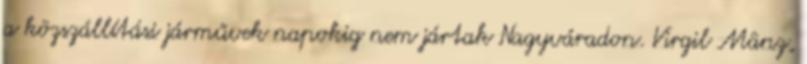
a közszállítási járművek napokig nem jártak Nagyváradon. Virgil Mânz,